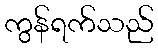
ကွန်ရက်သည်